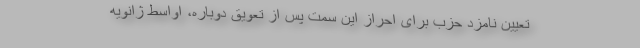
تعیین نامزد حزب برای احراز این سمت پس از تعویق دوباره، اواسط ژانویه